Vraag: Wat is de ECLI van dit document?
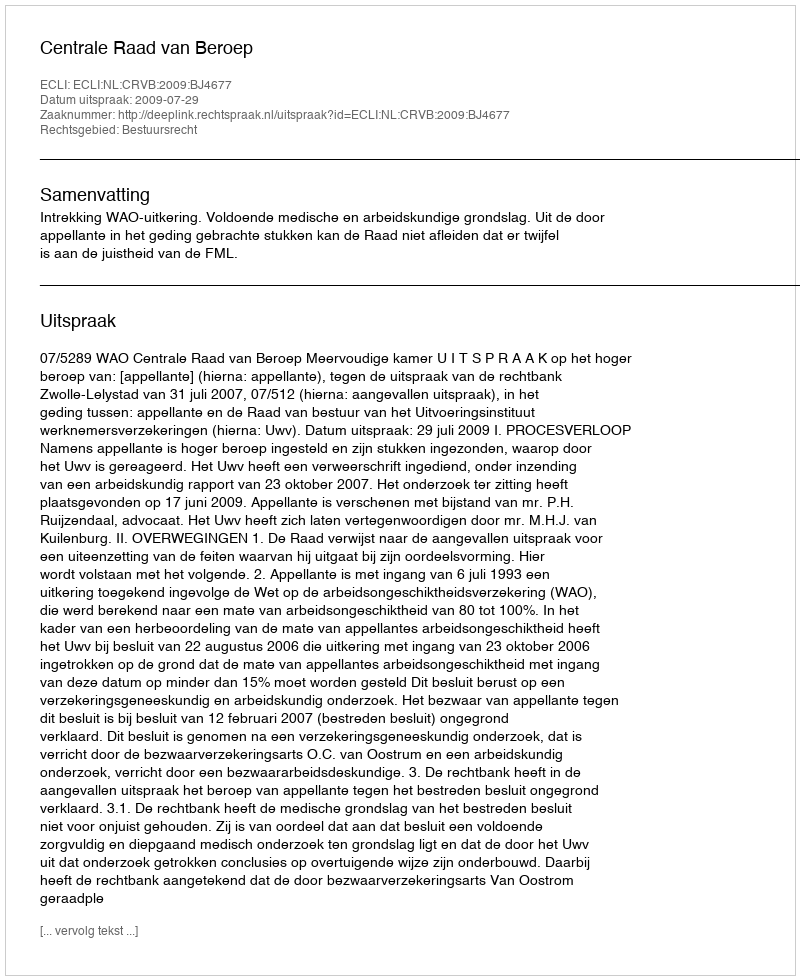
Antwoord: ECLI:NL:CRVB:2009:BJ4677